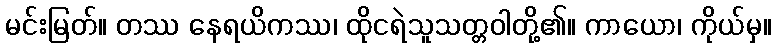
မင်းမြတ်။ တဿ နေရယိကဿ၊ ထိုငရဲသူသတ္တဝါတို့၏။ ကာယော၊ ကိုယ်မှ။